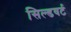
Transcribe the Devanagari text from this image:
सिल्डवर्ट